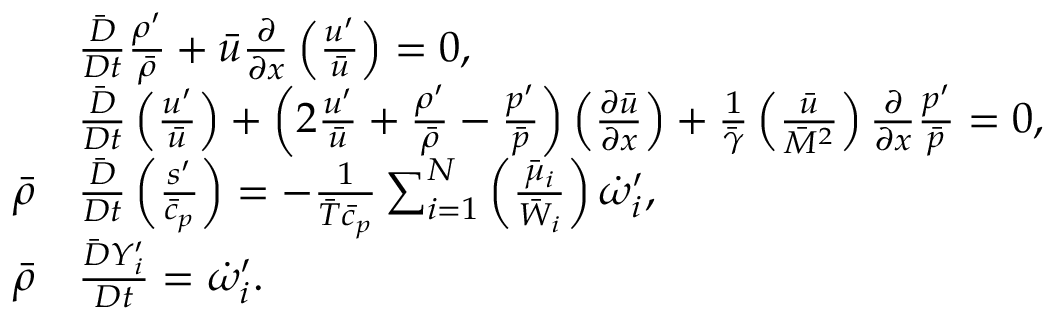
\begin{array} { r l } & { \frac { \bar { D } } { D t } \frac { \rho ^ { \prime } } { \bar { \rho } } + \bar { u } \frac { \partial } { \partial x } \left( \frac { u ^ { \prime } } { \bar { u } } \right) = 0 , } \\ & { \frac { \bar { D } } { D t } \left( \frac { u ^ { \prime } } { \bar { u } } \right) + \left( 2 \frac { u ^ { \prime } } { \bar { u } } + \frac { \rho ^ { \prime } } { \bar { \rho } } - \frac { p ^ { \prime } } { \bar { p } } \right) \left( \frac { \partial \bar { u } } { \partial x } \right) + \frac { 1 } { \bar { \gamma } } \left( \frac { \bar { u } } { \bar { M } ^ { 2 } } \right) \frac { \partial } { \partial x } \frac { p ^ { \prime } } { \bar { p } } = 0 , } \\ { \bar { \rho } } & { \frac { \bar { D } } { D t } \left( \frac { s ^ { \prime } } { \bar { c } _ { p } } \right) = - \frac { 1 } { \bar { T } \bar { c } _ { p } } \sum _ { i = 1 } ^ { N } \left( \frac { \bar { \mu } _ { i } } { \bar { W } _ { i } } \right) \dot { \omega } _ { i } ^ { \prime } , } \\ { \bar { \rho } } & { \frac { \bar { D } Y _ { i } ^ { \prime } } { D t } = { \Dot \omega _ { i } ^ { \prime } } . } \end{array}